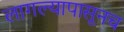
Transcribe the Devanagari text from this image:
लागल्यापासूनच